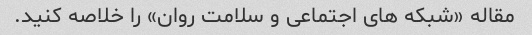
مقاله «شبکه های اجتماعی و سلامت روان» را خلاصه کنید.